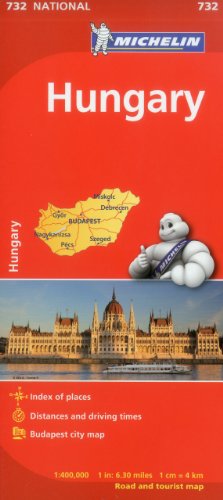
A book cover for Michelin Hungary Map 732 (Maps/Country (Michelin)); Michelin Travel & Lifestyle; Travel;